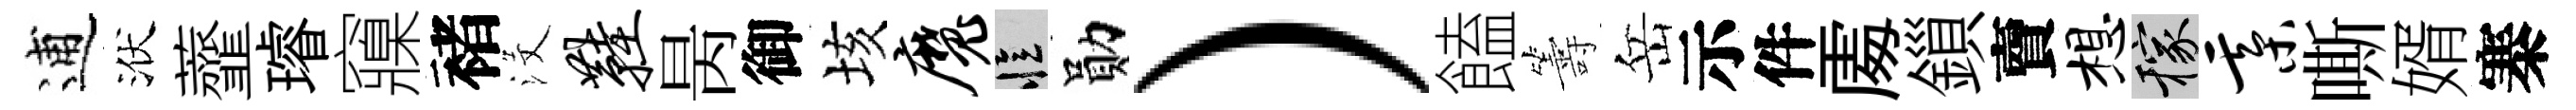
逋洑虀璿䆿褚沒鞋昺御垓魔忆勛）饁籌岳示件𠁅鎻𧶠想稼綦嘶婿寨